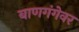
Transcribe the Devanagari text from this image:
बाणगंगेवर